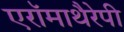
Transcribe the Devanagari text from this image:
एरॉमाथैरेपी